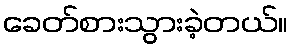
ခေတ်စားသွားခဲ့တယ်။